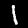
Label: 1